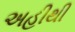
અહીથી